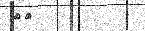
٤٤